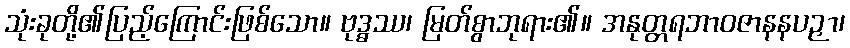
သုံးခုတို့၏ပြည့်ကြောင်းဖြစ်သော။ ဗုဒ္ဓဿ၊ မြတ်စွာဘုရား၏။ အနုတ္တရဘာဝဇာနနပဉှာ၊